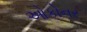
ઓકોનર